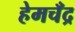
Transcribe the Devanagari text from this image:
हेमचँद्र